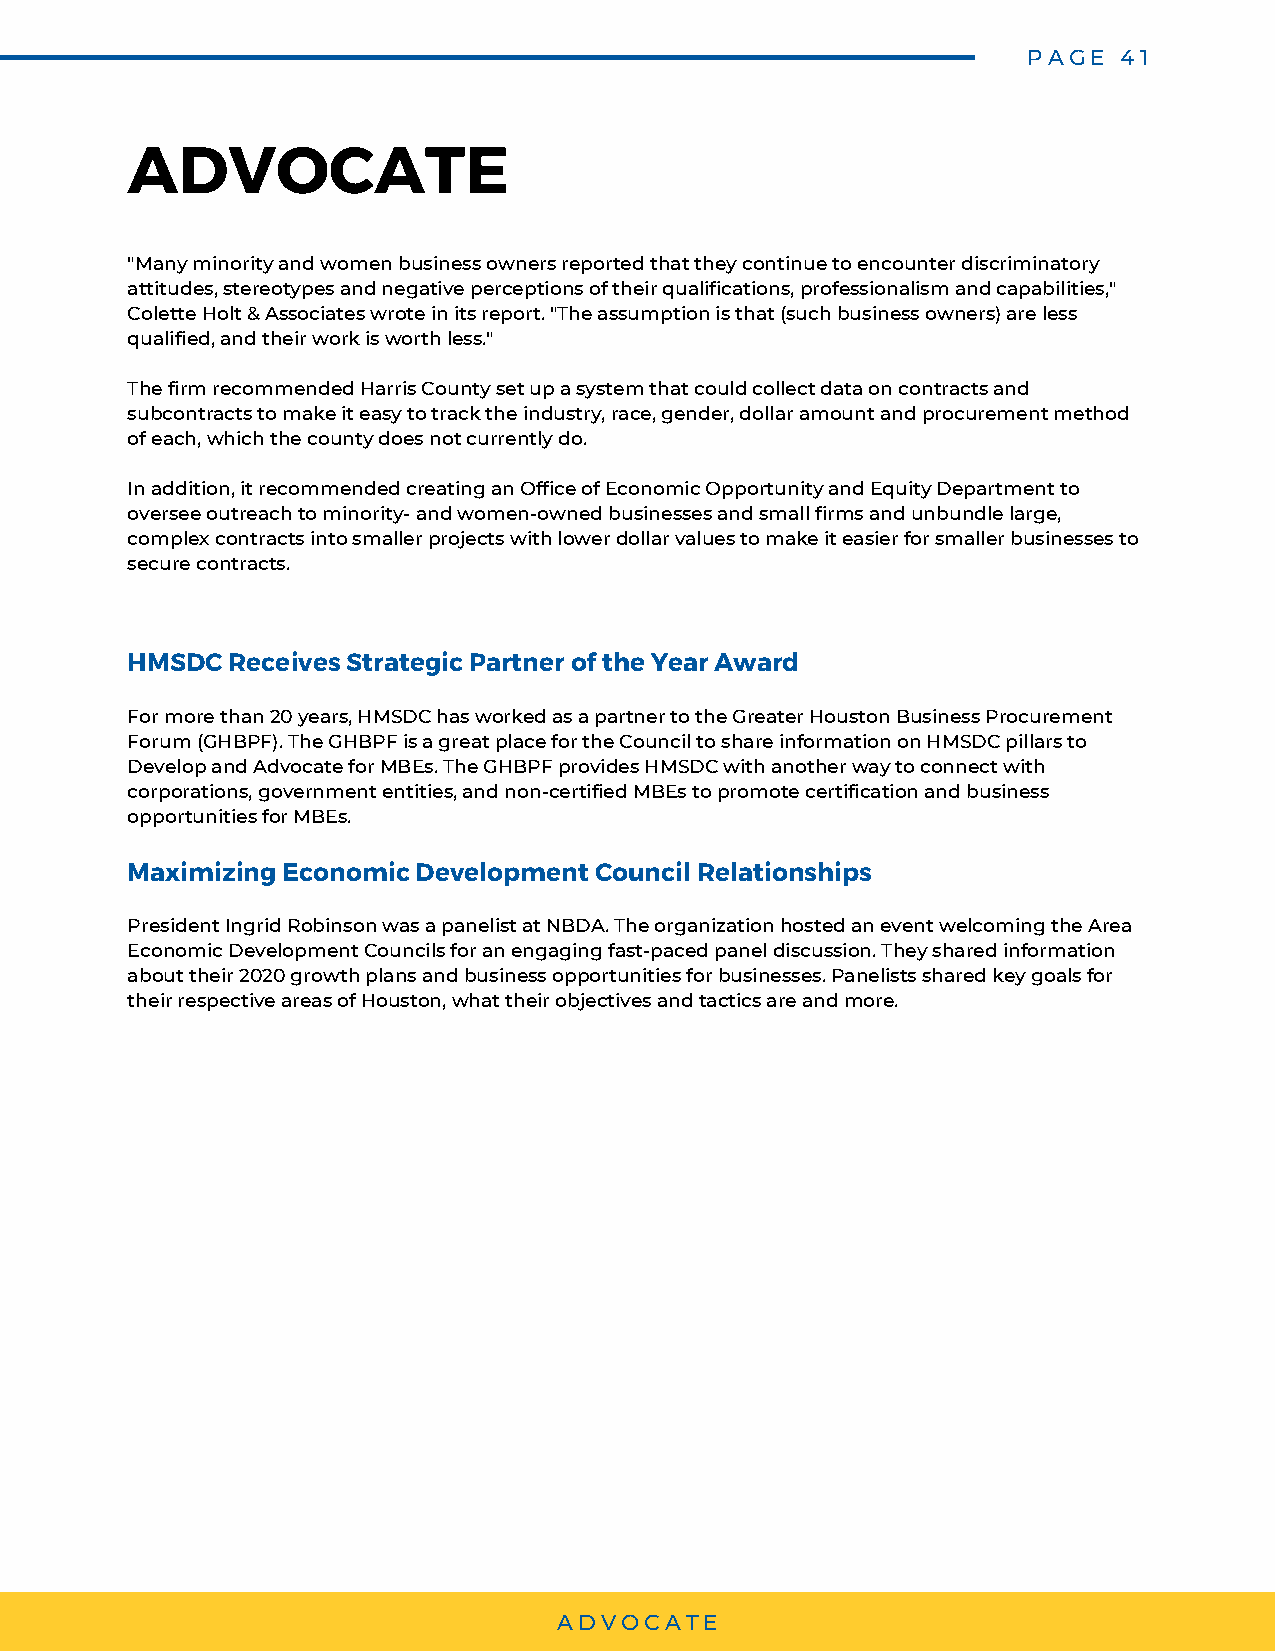
PAGE  41
 ADVOCATE
 "Many minority and women business owners reported that they continue to encounter discriminatory
 attitudes, stereotypes and negative perceptions of their qualifications, professionalism and capabilities,"
 Colette Holt & Associates wrote in its report. "The assumption is that (such business owners) are less
 qualified, and their work is worth less."
 The firm recommended Harris County set up a system that could collect data on contracts and
 subcontracts to make it easy to track the industry, race, gender, dollar amount and procurement method
 of each, which the county does not currently do.
 In addition, it recommended creating an Office of Economic Opportunity and Equity Department to
 oversee outreach to minority- and women-owned businesses and small firms and unbundle large,
 complex contracts into smaller projects with lower dollar values to make it easier for smaller businesses to
 secure contracts.
 HMSDC  Receives Strategic Partner of the Year Award
 For more than 20 years, HMSDC has worked as a partner to the Greater Houston Business Procurement
 Forum (GHBPF). The GHBPF is a great place for the Council to share information on HMSDC pillars to
 Develop and Advocate for MBEs. The GHBPF provides HMSDC with another way to connect with
 corporations, government entities, and non-certified MBEs to promote certification and business
 opportunities for MBEs.
 Maximizing Economic Development Council Relationships
 President Ingrid Robinson was a panelist at NBDA. The organization hosted an event welcoming the Area
 Economic Development Councils for an engaging fast-paced panel discussion. They shared information
 about their 2020 growth plans and business opportunities for businesses. Panelists shared key goals for
 their respective areas of Houston, what their objectives and tactics are and more.
 ADVOCATE